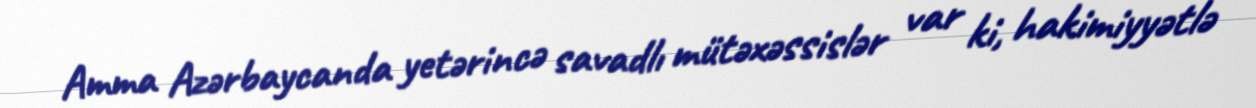
Amma Azərbaycanda yetərincə savadlı mütəxəssislər var ki, hakimiyyətlə